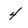
Character: 4